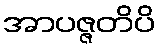
အာပဇ္ဇတိပိ